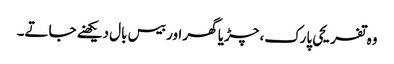
وہ تفریحی پارک، چڑیا گھر اور بیس بال دیکھنے جاتے۔